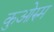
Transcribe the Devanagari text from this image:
कुओरुम